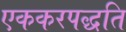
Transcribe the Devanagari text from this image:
एककरपद्धति